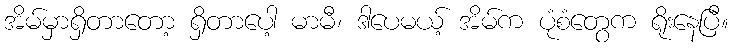
အိမ်မှာရှိတာတော့ ရှိတာပေါ့ မာမီ၊ ဒါပေမယ့် အိမ်က ပုံစံတွေက ရိုးနေပြီ။